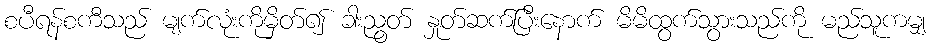
စပီရန်စကီသည် မျက်လုံးကိုမှိတ်၍ ခါးညွတ် နှုတ်ဆက်ပြီးနောက် မိမိထွက်သွားသည်ကို မည်သူကမျှ